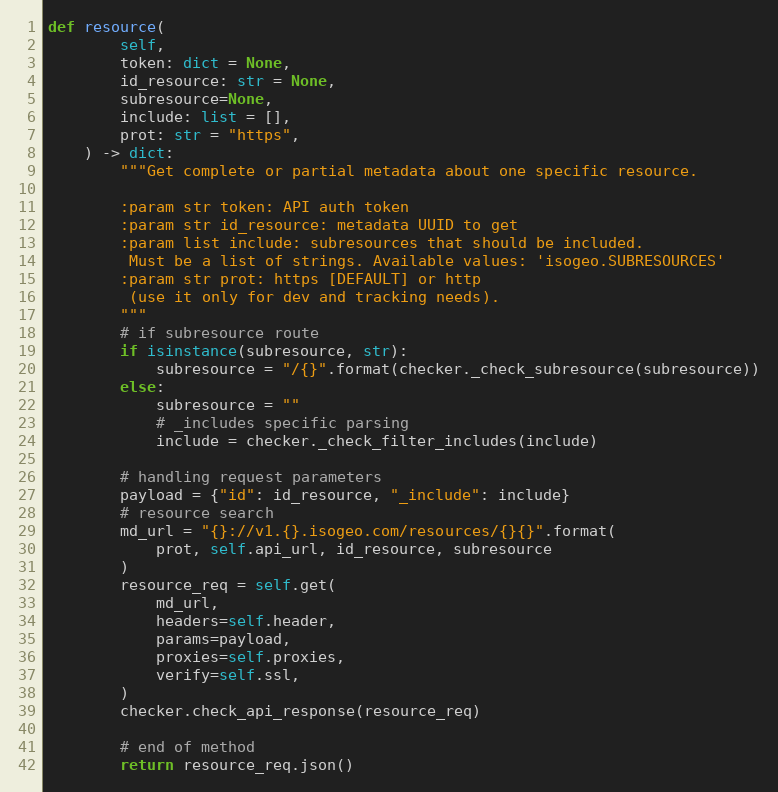
Language: Python
def resource(
        self,
        token: dict = None,
        id_resource: str = None,
        subresource=None,
        include: list = [],
        prot: str = "https",
    ) -> dict:
        """Get complete or partial metadata about one specific resource.

        :param str token: API auth token
        :param str id_resource: metadata UUID to get
        :param list include: subresources that should be included.
         Must be a list of strings. Available values: 'isogeo.SUBRESOURCES'
        :param str prot: https [DEFAULT] or http
         (use it only for dev and tracking needs).
        """
        # if subresource route
        if isinstance(subresource, str):
            subresource = "/{}".format(checker._check_subresource(subresource))
        else:
            subresource = ""
            # _includes specific parsing
            include = checker._check_filter_includes(include)

        # handling request parameters
        payload = {"id": id_resource, "_include": include}
        # resource search
        md_url = "{}://v1.{}.isogeo.com/resources/{}{}".format(
            prot, self.api_url, id_resource, subresource
        )
        resource_req = self.get(
            md_url,
            headers=self.header,
            params=payload,
            proxies=self.proxies,
            verify=self.ssl,
        )
        checker.check_api_response(resource_req)

        # end of method
        return resource_req.json()